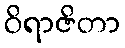
ဝိရာဇိတာ